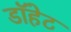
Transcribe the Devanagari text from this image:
डॉहेट